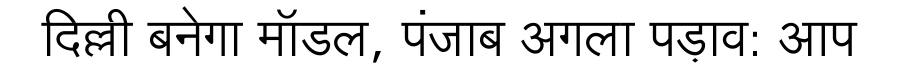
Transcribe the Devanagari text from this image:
दिल्ली बनेगा मॉडल, पंजाब अगला पड़ाव: आप